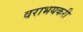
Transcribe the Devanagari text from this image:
वराभयकरी